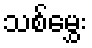
သစ်မွှေး